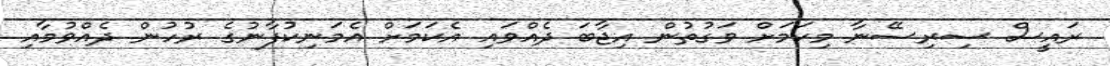
ރައީސް ސިރިސޭނާ މިކަމަށް ވަގުތުން އިޖާބަ ދެއްވައި އެކަމަށް އެމަނިކުފާނުގެ ރުހުން ދެއްވުމާއި